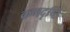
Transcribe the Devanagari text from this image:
क्रमदृष्टि